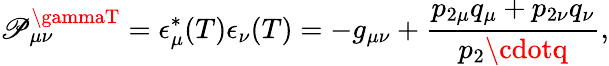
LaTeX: \mathscr{P}_{\mu\nu}^{\gammaT}=\epsilon_{\mu}^{*}(T)\epsilon_{\nu}(T)=-g_{\mu\nu}+\frac{{p_{2\mu}q_{\mu}+p_{2\nu}q_{\nu}}}{{p_{2}\cdotq}},